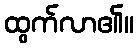
ထွက်လာ၏။